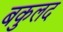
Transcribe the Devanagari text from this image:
बकुलद